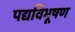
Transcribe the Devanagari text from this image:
पद्यविभूषण